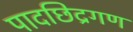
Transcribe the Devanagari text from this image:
पादछिद्रगण